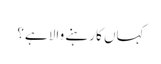
کہاں کا رہنے والا ہے؟